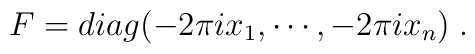
F=diag(-2\pi i x_{1},\cdots ,-2\pi i x_{n}) \; .